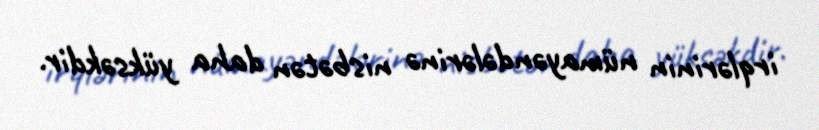
irqlərinin nümayəndələrinə nisbətən daha yüksəkdir.